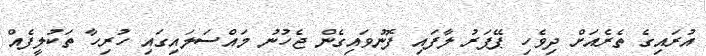
އުރައިގެ ތެރެއަށް ދިވެހި ޕޭޕަރު ލާފައި ފޮނުވައިގެން ޖެހުނު މައްސަލައިގައި ހުރިހާ ތަކުލީފެއް